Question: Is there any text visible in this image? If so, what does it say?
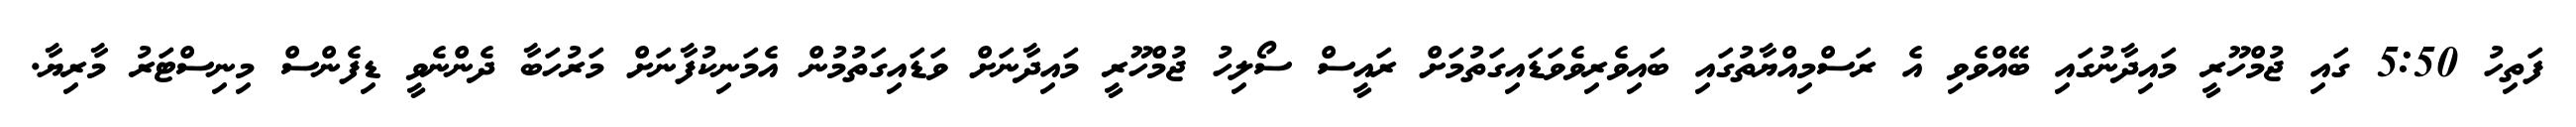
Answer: ފަތިހު 5:50 ގައި ޖުމްހޫރީ މައިދާނުގައި ބޭއްވެވި އެ ރަސްމިއްޔާތުގައި ބައިވެރިވެވަޑައިގަތުމަށް ރައީސް ސޯލިހު ޖުމްހޫރީ މައިދާނަށް ވަޑައިގަތުމުން އެމަނިކުފާނަށް މަރުހަބާ ދެންނެވީ ޑިފެންސް މިނިސްޓަރު މާރިޔާ.